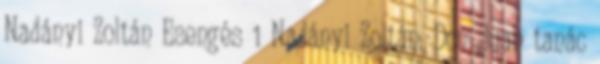
Nadányi Zoltán Esengés 1 Nadányi Zoltán: Don Juan tanác